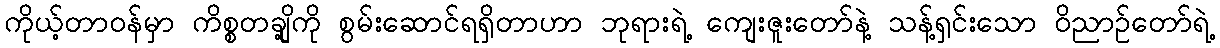
ကိုယ့်တာဝန်မှာ ကိစ္စတချို့ကို စွမ်းဆောင်ရရှိတာဟာ ဘုရားရဲ့ ကျေးဇူးတော်နဲ့ သန့်ရှင်းသော ဝိညာဉ်တော်ရဲ့